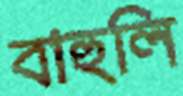
বাহুলি